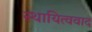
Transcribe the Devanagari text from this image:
स्थायित्ववाद